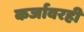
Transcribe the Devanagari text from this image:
कर्जावरही